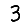
Digit: 3